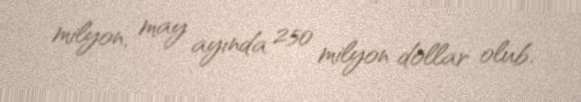
milyon, may ayında 250 milyon dollar olub.